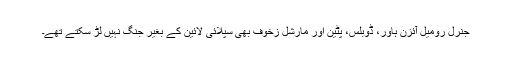
جنرل رومیل آئزن ہاور، ڈوبلس، پٹین اور مارشل زخوف بھی سپلائی لائین کے بغیر جنگ نہیں لڑ سکتے تھے۔